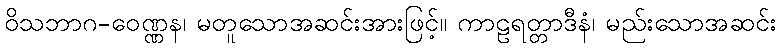
ဝိသဘာဂ-ဝေဏ္ဏန၊ မတူသောအဆင်းအားဖြင့်။ ကာဠရတ္တာဒီနံ၊ မည်းသောအဆင်း